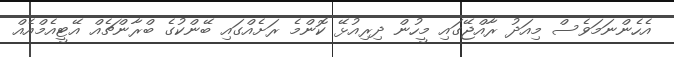
އެހެންނަމަވެސް މިއަދު ރާއްޖޭގައި މީހުން ދިރިއުޅޭ ކޮންމެ ރަށެއްގައި ބޭންކުގެ ބްރާންޗެއް އޭޓީއެމްއެއް